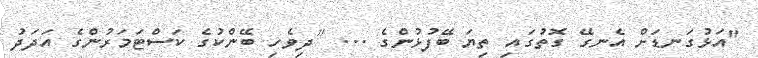
"އަޅުގަނޑަށް އެނގޭ ގޮތުގައި ތިޔަ ބޭފުޅުންގެ ... [ދިވެހި ބޭންކުގެ ކަސްޓަމަރުންގެ އަދަދު